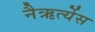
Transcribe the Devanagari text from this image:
नैऋर्त्येस